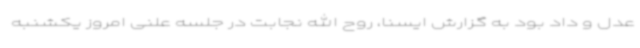
عدل و داد بود به گزارش ایسنا، روح الله نجابت در جلسه علنی امروز یکشنبه